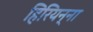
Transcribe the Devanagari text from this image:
हिरियन्ना